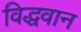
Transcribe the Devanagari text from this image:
विद्धवान